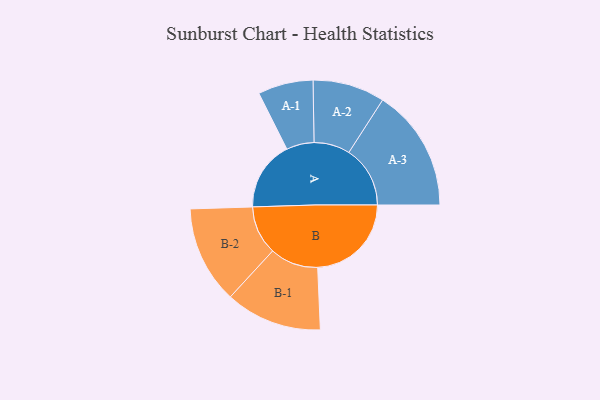
{"axis": {"x": "Segment", "y": "Value"}, "legend": ["", "A", "B"], "data": [{"x": "A", "y": 290, "type": ""}, {"x": "B", "y": 390, "type": ""}, {"x": "A-1", "y": 115, "type": "A"}, {"x": "A-2", "y": 150, "type": "A"}, {"x": "A-3", "y": 255, "type": "A"}, {"x": "B-1", "y": 201, "type": "B"}, {"x": "B-2", "y": 203, "type": "B"}]}